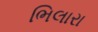
ભિલારા